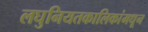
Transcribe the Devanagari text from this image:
लघुनियतकालिकांमधून